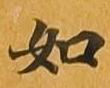
如